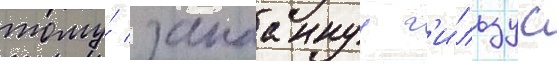
тому́ запааннуу г'и́льзу с